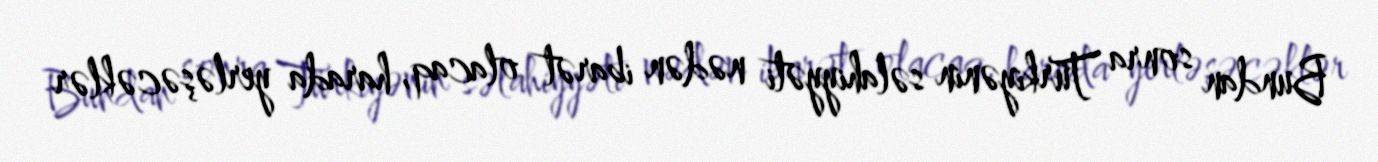
Bundan sonra Türkiyənin səlahiyyəti nədən ibarət olacaq, harada yerləşəcəklər